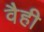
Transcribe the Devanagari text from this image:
वैही